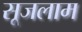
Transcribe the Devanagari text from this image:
सूजलाम